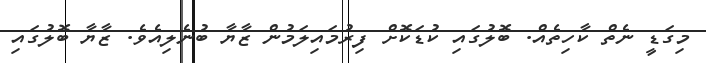
މިގަޑީ ނެތް ކާހިތެއް. ބޮލުގައި ކުޑަކޮށް ފިރުމައިލަމުން ޒާޔާ ބުނެލިއެވެ. ޒާޔާ ބޮލުގައި